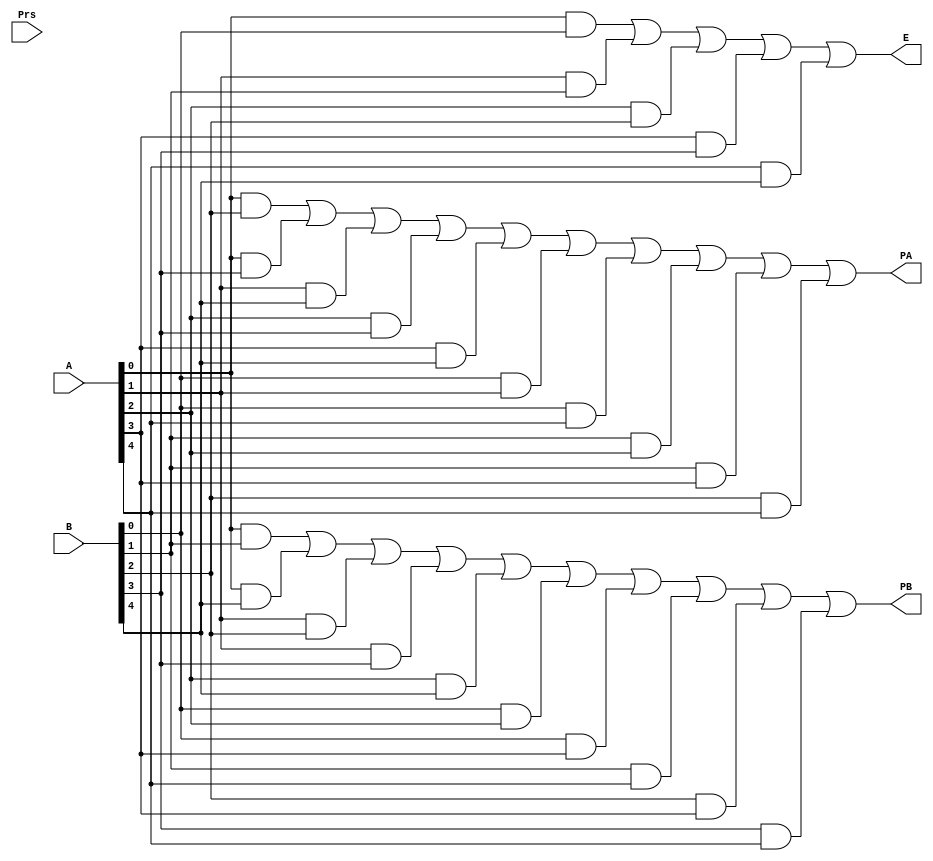
module jogo (input [4:0]A, B,
					input Prs,
					output PA, PB, E);		

assign E  = ((A[0]&B[0]) | (A[1]&B[1]) | (A[2]&B[2]) | (A[3]&B[3]) | (A[4]&B[4]));
assign PA = ((A[0]&B[2]) | (A[0]&B[3]) | (A[1]&B[4]) | (A[2]&B[3]) | (A[3]&B[4]) | (B[0]&A[1]) | (B[0]&A[4]) | (B[1]&A[2]) | (B[1]&A[3]) | (B[2]&A[4]));
assign PB = ((A[0]&B[1]) | (A[0]&B[4]) | (A[1]&B[2]) | (A[1]&B[3]) | (A[2]&B[4]) | (B[0]&A[2]) | (B[0]&A[3]) | (B[1]&A[4]) | (B[2]&A[3]) | (B[3]&A[4]));

endmodule